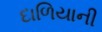
દાળિયાની